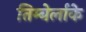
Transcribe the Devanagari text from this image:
तिम्बेर्लाके